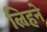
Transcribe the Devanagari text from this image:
लिहने